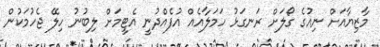
މާޒިޔާއަށް ނިއުގެ ގޯލަށް ރަނގަޅު ހަމަލާއެއް އުފެއްދުނީ އެޓީމަށް ލިބުނު ހިލޭ ޖެހުމަކުން